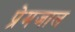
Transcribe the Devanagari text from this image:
प्रेमजाल